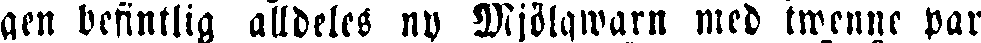
gen befintlig alldeles ny Mjölqwarn med twenne par